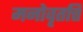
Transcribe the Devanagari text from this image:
मनोवृतत्ति